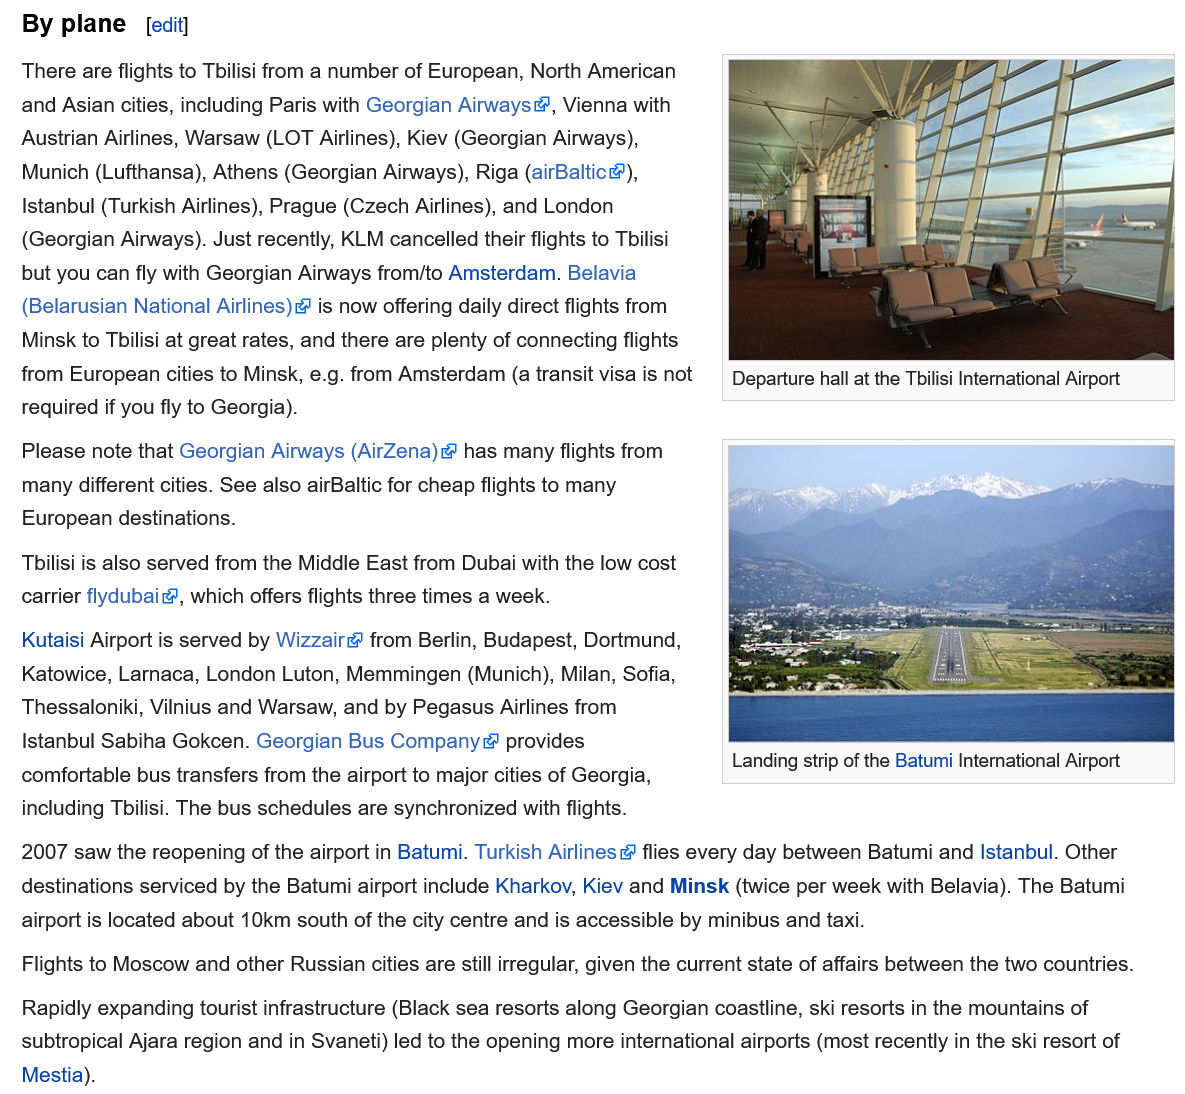
By plane
     Landing strip of the Batumi International Airport
     Departure hall at the Tbilisi International Airport
   There are flights to Tbilisi from a number of European, North American
   and Asian cities, including Paris with Georgian Airways, Vienna with
  Austrian Airlines, Warsaw (LOT Airlines), Kiev (Georgian Airways),
   Munich (Lufthansa), Athens (Georgian Airways), Riga (airBaltic®),
   Istanbul (Turkish Airlines), Prague (Czech Airlines), and London
   (Georgian Airways). Just recently, KLM cancelled their flights to Tbilisi
   but you can fly with Georgian Airways from/to Amsterdam. Belavia
   (Belarusian National Airlines) & is now offering daily direct flights from
   Minsk to Tbilisi at great rates, and there are plenty of connecting flights
   from European cities to Minsk, e.g. from Amsterdam (a transit visa is not
   required if you fly to Georgia).
   Please note that Georgian Airways (AirZena)&@ has many flights from
   many different cities. See also airBaltic for cheap flights to many
   European destinations.
   Tbilisi is also served from the Middle East from Dubai with the low cost
   carrier flydubai@, which offers flights three times a week.
   Kutaisi Airport is served by Wizzaire® from Berlin, Budapest, Dortmund,
   Katowice, Larnaca, London Luton, Memmingen (Munich), Milan, Sofia,
   Thessaloniki, Vilnius and Warsaw, and by Pegasus Airlines from
   Istanbul Sabiha Gokcen. Georgian Bus Company® provides
   comfortable bus transfers from the airport to major cities of Georgia,
   including Tbilisi. The bus schedules are synchronized with flights.
   Flights to Moscow and other Russian cities are still irregular, given the current state of affairs between the two countries
   Rapidly expanding tourist infrastructure (Black sea resorts along Georgian coastline, ski resorts in the mountains of
   subtropical Ajara region and in Svaneti) led to the opening more international airports (most recently in the ski resort of
   Mestia).
   2007 saw the reopening of the airport in Batumi. Turkish Airlines & flies every day between Batumi and Istanbul. Other
   destinations serviced by the Batumi airport include Kharkov, Kiev and Minsk (twice per week with Belavia). The Batumi
   airport is located about 10km south of the city centre and is accessible by minibus and taxi.